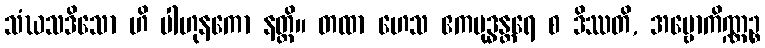
သံဃသဒိသော ဟိ ပါဟုနကော နတ္ထိ။ တထာ ဟေသ ဧကဗုဒ္ဓန္တရေ စ ဒိဿတိ, အဗ္ဗောကိဏ္ဏဉ္စ